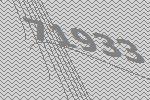
71933